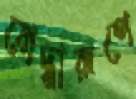
যোদ্ধারূপে